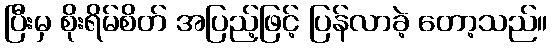
ပြီးမှ စိုးရိမ်စိတ် အပြည့်ဖြင့် ပြန်လာခဲ့ တော့သည်။